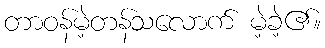
တာဝန်မဲ့တန်သလောက် မဲ့ခဲ့၏။